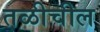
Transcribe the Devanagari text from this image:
तळीचील